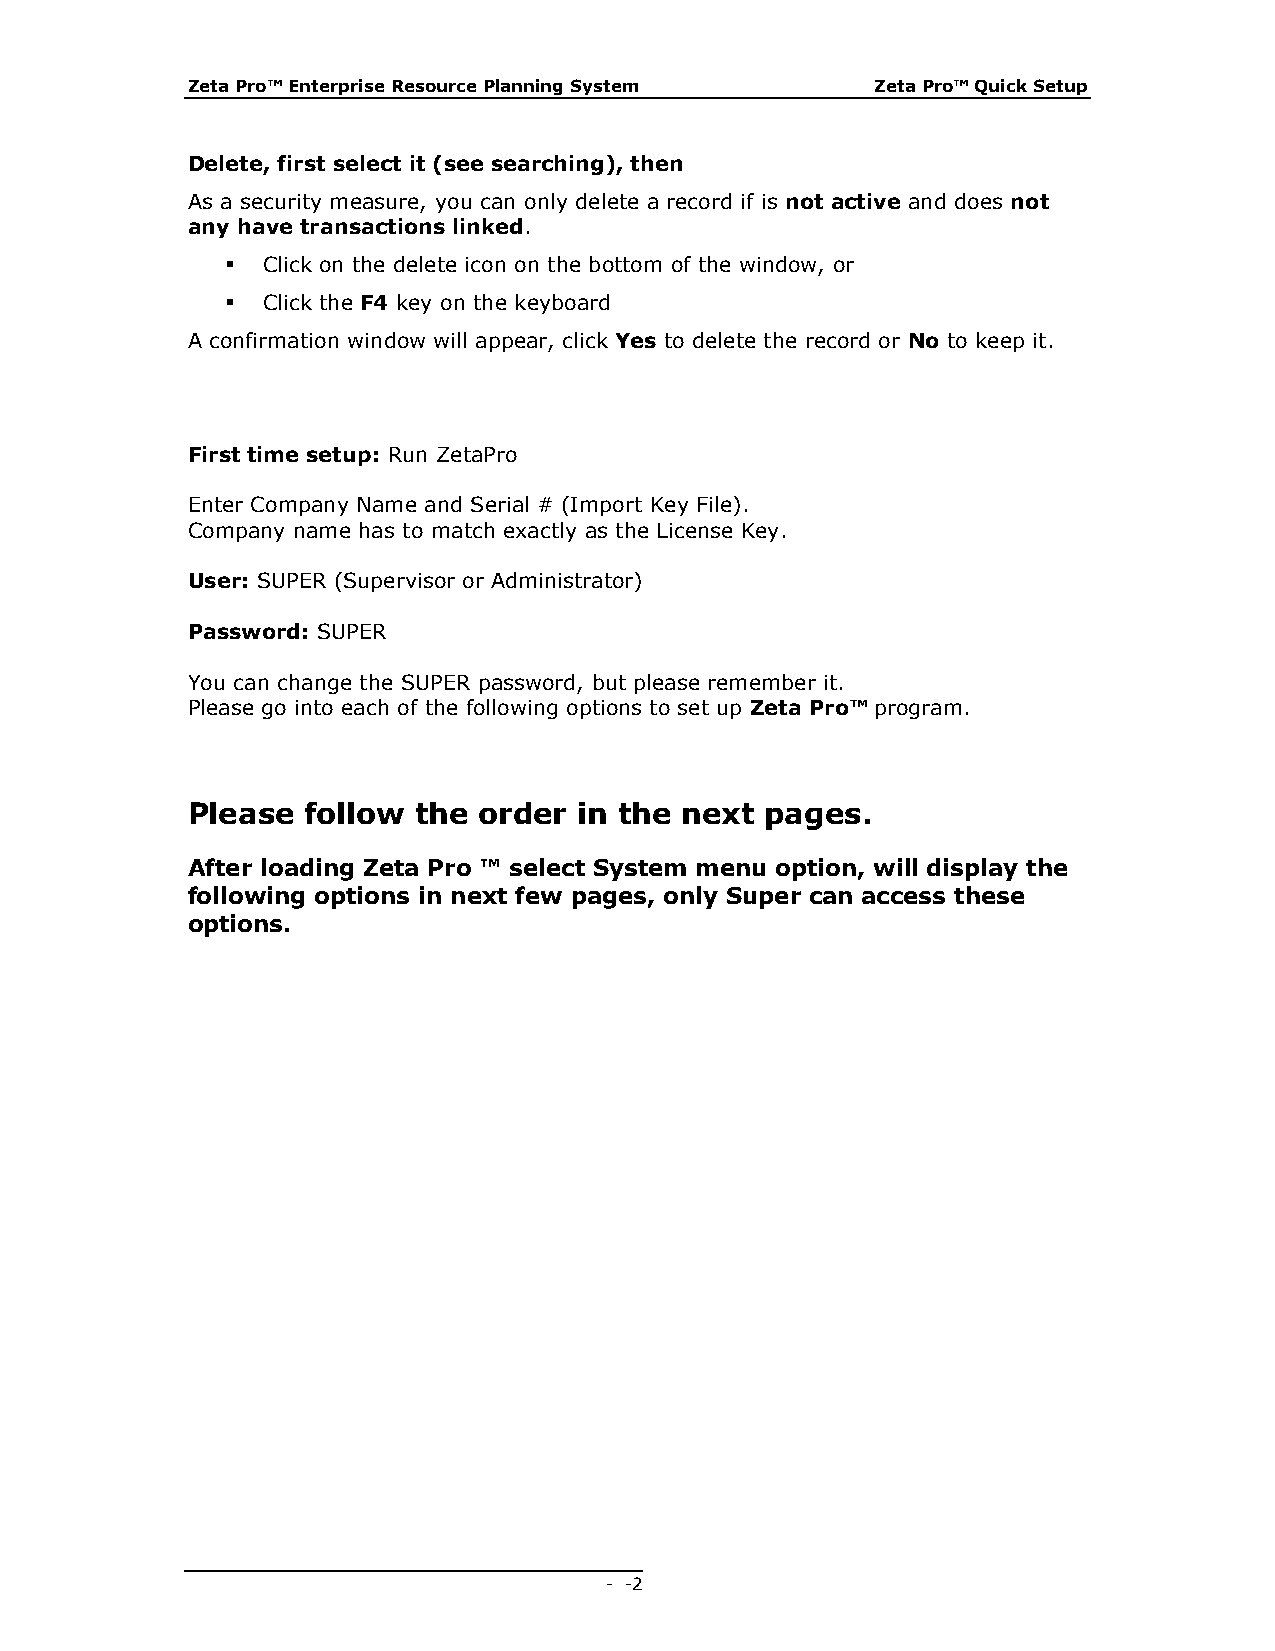
Zeta Pro™ Enterprise Resource Planning System Zeta Pro™ Quick Setup
 Delete, first select it (see searching), then
 As a security measure, you can only delete a record if is not active and does not
 any have transactions linked.
  Click on the delete icon on the bottom of the window, or
  Click the F4 key on the keyboard
 A confirmation window will appear, click Yes to delete the record or No to keep it.
 First time setup: Run ZetaPro
 Enter Company Name and Serial # (Import Key File).
 Company name has to match exactly as the License Key.
 User: SUPER (Supervisor or Administrator)
 Password: SUPER
 You can change the SUPER password, but please remember it.
 Please go into each of the following options to set up Zeta Pro™ program.
 Please  follow  the order in the next  pages.
 After loading Zeta Pro ™ select System menu option, will display the
 following options in next few pages, only Super can access these
 options.
 - - 2